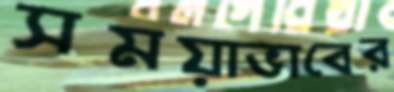
সময়াভাবের